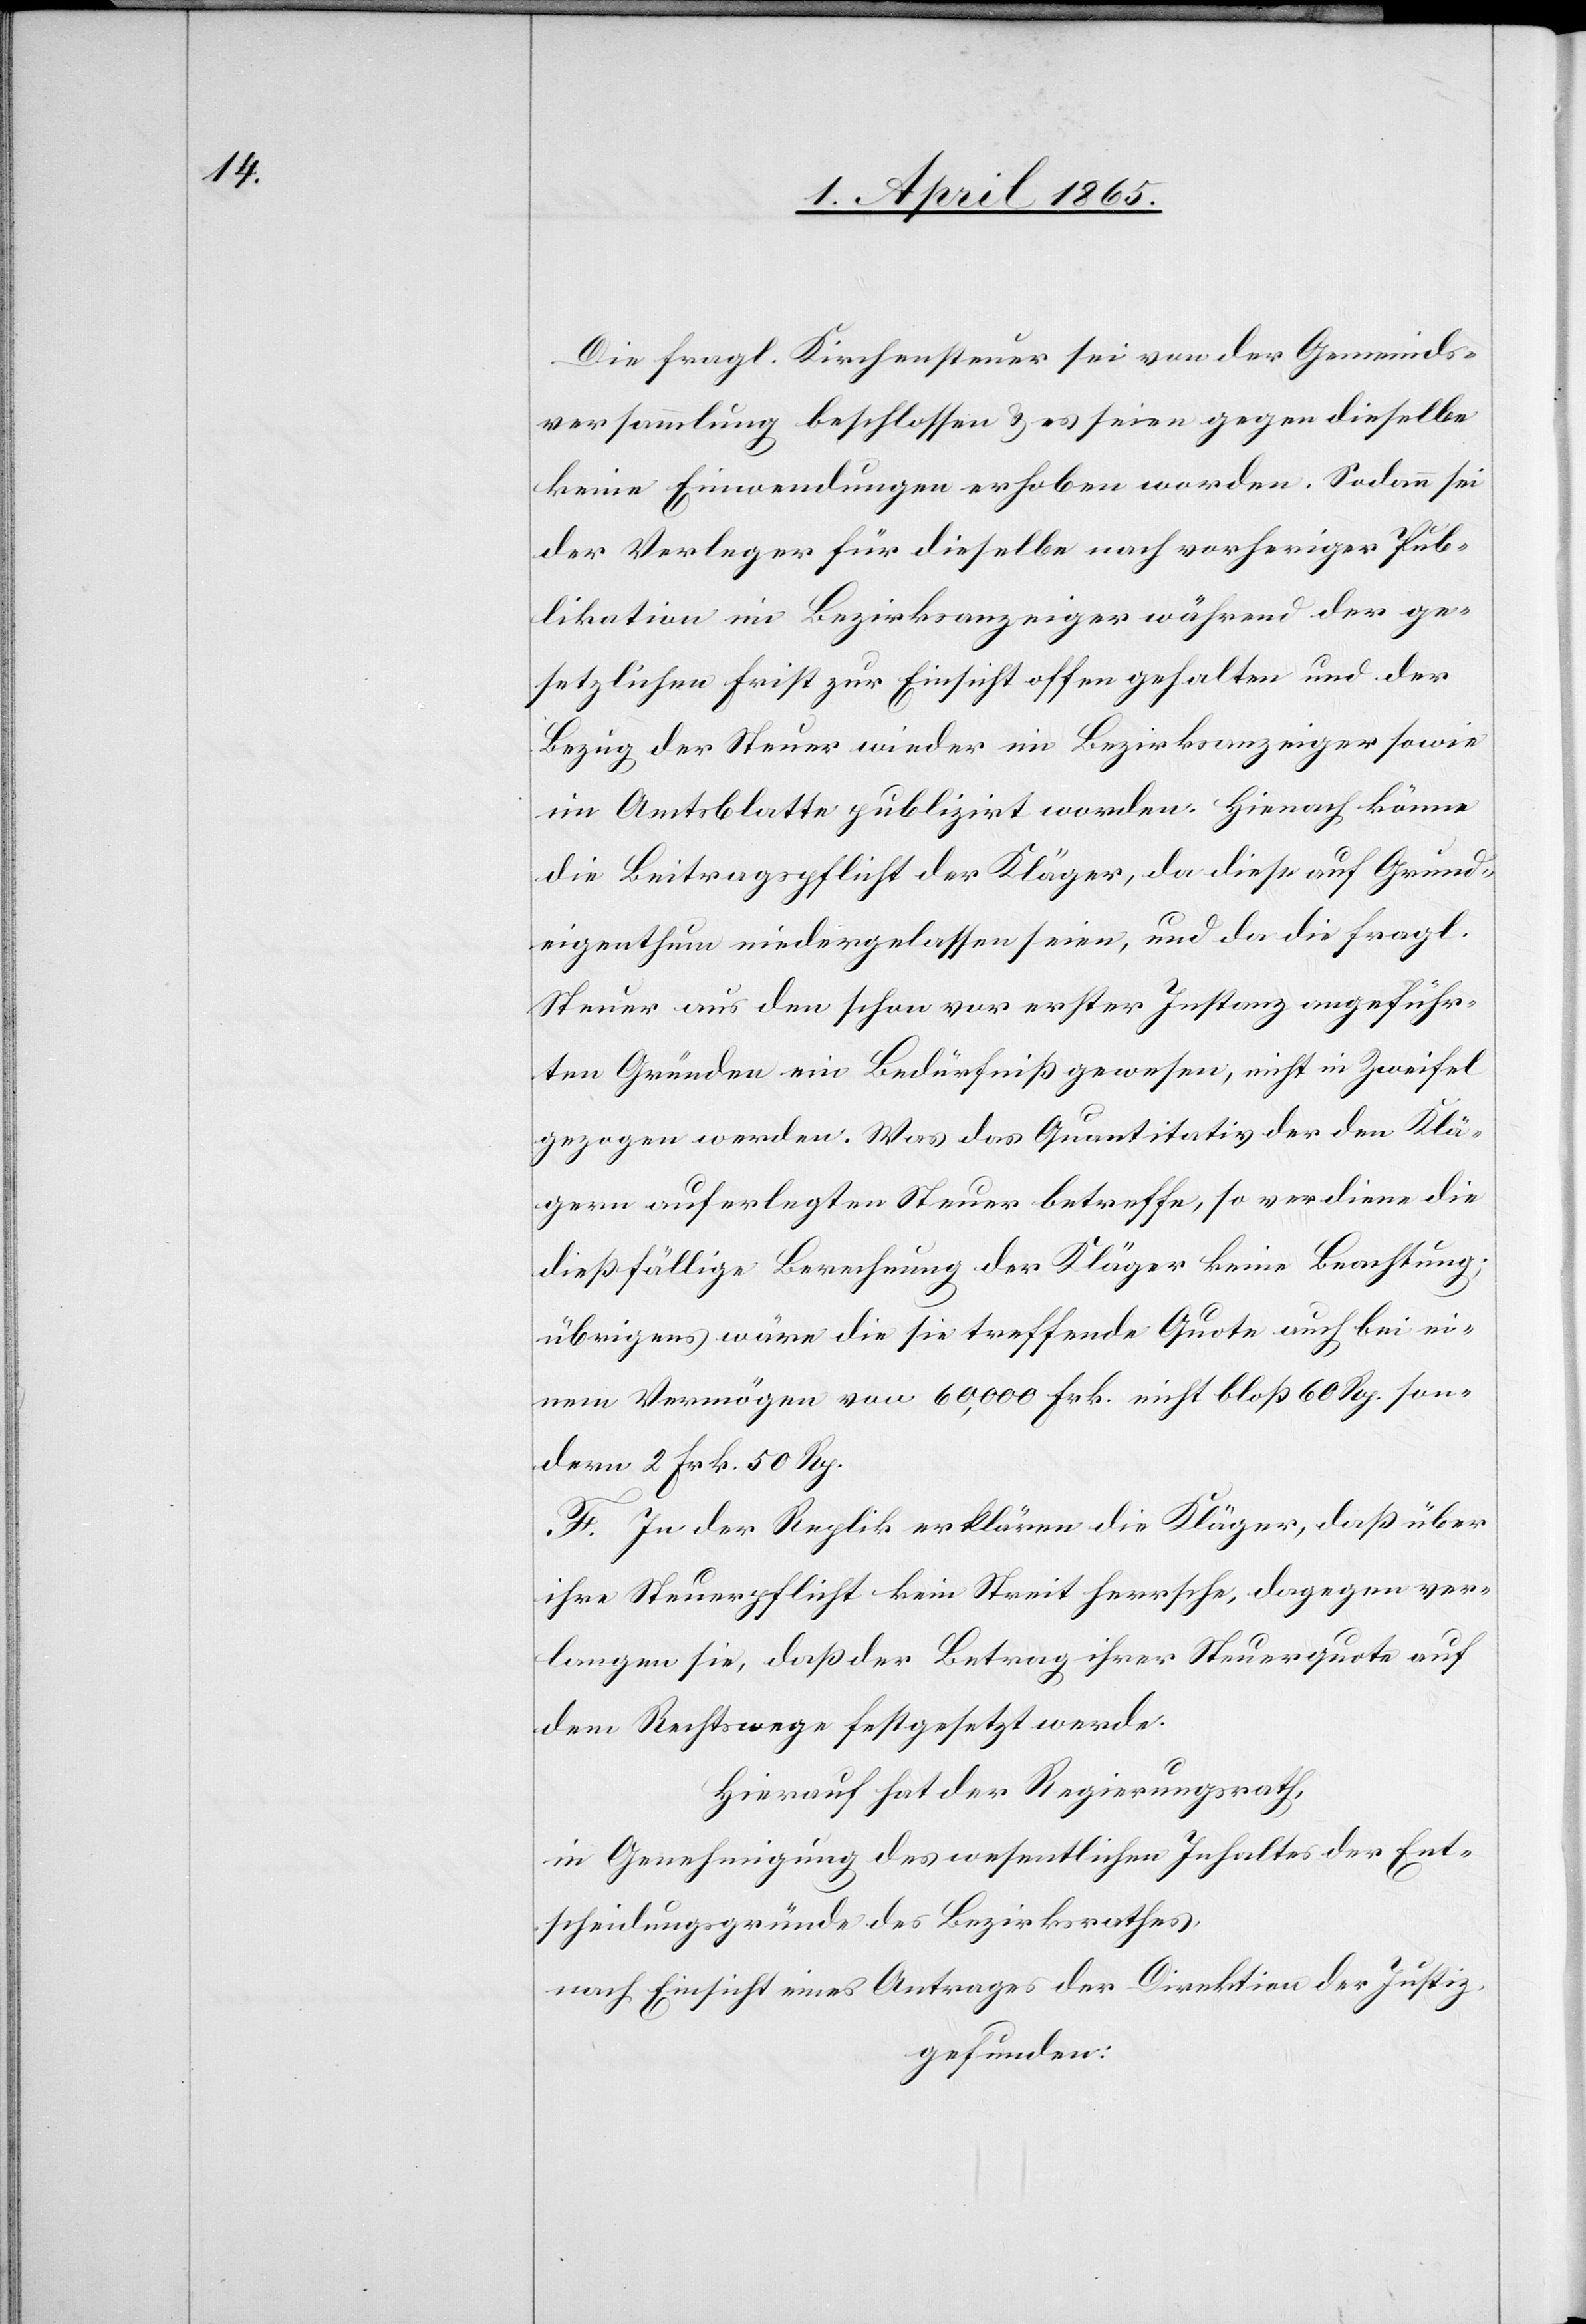
Die fragl. Kirchensteuer sei von der Gemeinds¬
versammlung beschlossen & es seien gegen dieselbe
keine Einwendungen erhoben worden. Sodann sei
der Verleger für dieselbe nach vorheriger Pub¬
likation im Bezirksanzeiger während der ge¬
setzlichen Frist zur Einsicht offen gehalten und der
Bezug der Steuer wieder im Bezirksanzeiger sowie
im Amtsblatte publizirt worden. Hienach könne
die Beitragspflicht der Kläger, da diese auf Grund¬
eigenthum niedergelassen seien, und da die fragl.
Steuer aus den schon vor erster Instanz angeführ¬
ten Gründen ein Bedürfniß gewesen, nicht in Zweifel
gezogen werden. Was das Quantitativ der den Klä¬
gern auferlegten Steuer betreffe, so verdiene die
dießfällige Berechnung der Kläger keine Beachtung;
übrigens wäre die sie treffende Quote auch bei ei¬
nem Vermögen von 60,000 Frk. nicht bloß 60 Rp. son¬
dern 2 Frk. 50 Rp.
F. In der Replik erklären die Kläger, daß über
ihre Steuerpflicht kein Streit herrsche, dagegen ver¬
langen sie, daß der Betrag ihrer Steuerquote auf
dem Rechtswege festgesetzt werde.
Hierauf hat der Regierungsrath,
in Genehmigung des wesentlichen Inhaltes der Ent¬
scheidungsgründe des Bezirksrathes,
nach Einsicht eines Antrages der Direktion der Justiz,
gefunden: